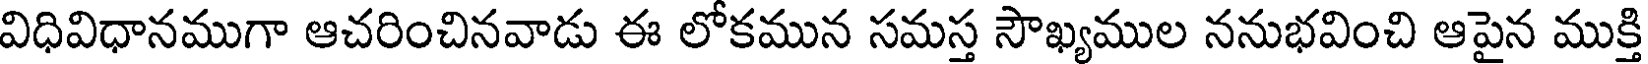
విధివిధానముగా ఆచరించినవాడు ఈ లోకమున సమస్త సౌఖ్యముల ననుభవించి ఆపైన ముక్తి